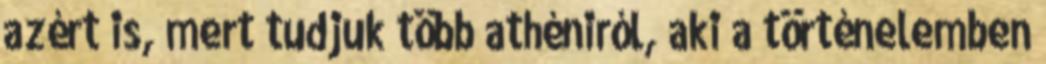
azért is, mert tudjuk több athéniról, aki a történelemben